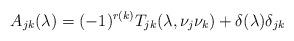
LaTeX: \begin{align*}A_{jk}(\lambda)=(-1)^{r(k)}T_{jk}(\lambda,\nu_j\nu_k) + \delta(\lambda)\delta_{jk}\end{align*}